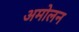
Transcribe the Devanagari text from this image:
अमोलन